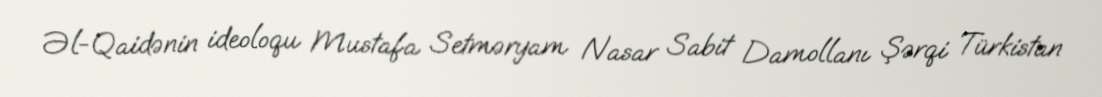
Əl-Qaidənin ideoloqu Mustafa Setməryam Nasar Sabit Damollanı Şərqi Türkistan